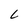
Character: L